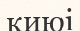
киюі